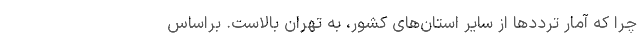
چرا که آمار ترددها از سایر استان‌های کشور، به تهران بالاست. براساس